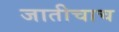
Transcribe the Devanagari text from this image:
जातीचाच